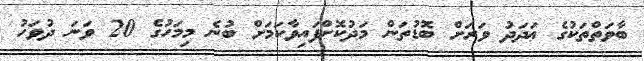
ބާވަތްތަކުގެ ޢަދަދު ވަރަށް ބޮޑުތަން މަދުކޮށްފައިވާކަމަށް ބުނެ މިމަހުގެ 20 ވަނަ ދުވަހު